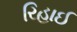
રિહાઈ